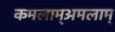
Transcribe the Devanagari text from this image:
कमलाम्अमलाम्